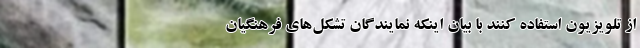
از تلویزیون استفاده کنند با بیان اینکه نمایندگان تشکل‌های فرهنگیان